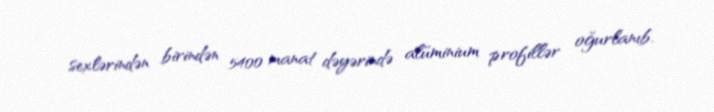
sexlərindən birindən 5400 manat dəyərində alüminium profillər oğurlanıb.